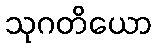
သုဂတိယော